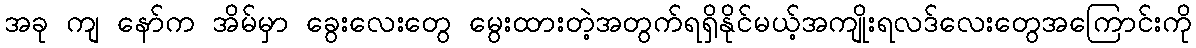
အခု ကျ နော်က အိမ်မှာ ခွေးလေးတွေ မွေးထားတဲ့အတွက်ရရှိနိုင်မယ့်အကျိုးရလဒ်လေးတွေအကြောင်းကို